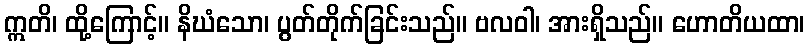
ဣတိ၊ ထို့ကြောင့်။ နိဃံသော၊ ပွတ်တိုက်ခြင်းသည်။ ဗလဝါ၊ အားရှိသည်။ ဟောတိယထာ၊